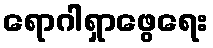
ရောဂါရှာဖွေရေး